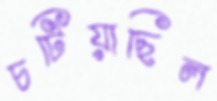
চটিয়াছিল